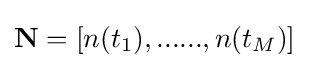
\mathbf {N} =[n(t_{1}),......,n(t_{M})]